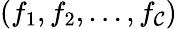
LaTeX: (f_{1},f_{2},\ldots,f_{\mathcal{C}})